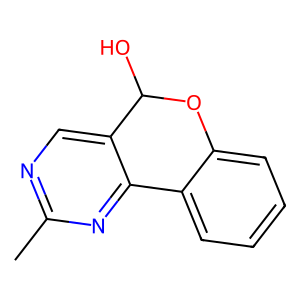
SMILES: Cc1ncc2c(n1)-c1ccccc1OC2O
Inhibits HIV replication: No